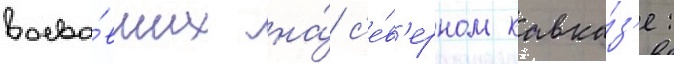
воева́вших на́ с'е́в'ерном кавка́з'е: